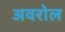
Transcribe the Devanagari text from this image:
अवरोल